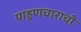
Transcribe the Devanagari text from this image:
पाहुणचाराची